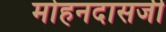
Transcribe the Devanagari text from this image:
मोहनदासजी